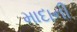
માદાની